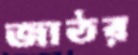
জাঠর